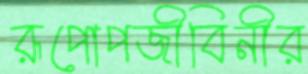
রূপোপজীবিনীর